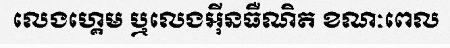
លេងហ្គេម ឬលេងអ៊ីនធឺណិត ខណៈពេល